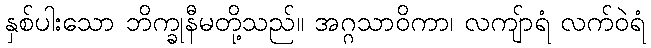
နှစ်ပါးသော ဘိက္ခုနီမတို့သည်။ အဂ္ဂသာဝိကာ၊ လကျ်ာရံ လက်ဝဲရံ